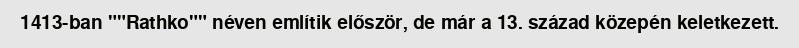
1413-ban ""Rathko"" néven említik először, de már a 13. század közepén keletkezett.